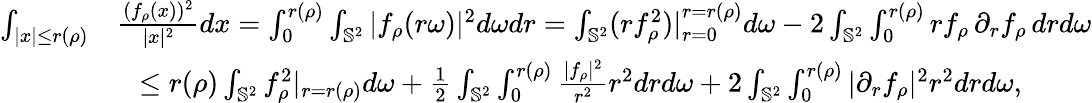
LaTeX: \begin{array}{rl}{\int_{|x|\leq r(\rho)}}&{\frac{(f_{\rho}(x))^{2}}{|x|^{2}}dx=\int_{0}^{r(\rho)}\int_{\mathbb{S}^{2}}|f_{\rho}(r\omega)|^{2}d\omega dr=\int_{\mathbb{S}^{2}}(rf_{\rho}^{2})|_{r=0}^{r=r(\rho)}d\omega-2\int_{\mathbb{S}^{2}}\int_{0}^{r(\rho)}rf_{\rho}\, \partial_{r}f_{\rho}\, drd\omega}\\ &{\ \ \leq r(\rho)\int_{\mathbb{S}^{2}}f_{\rho}^{2}|_{r=r(\rho)}d\omega+\frac 12\int_{\mathbb{S}^{2}}\int_{0}^{r(\rho)}\frac{|f_{\rho}|^{2}}{r^{2}}r^{2}drd\omega+2\int_{\mathbb{S}^{2}}\int_{0}^{r(\rho)}|\partial_{r}f_{\rho}|^{2}r^{2}drd\omega,}\end{array}